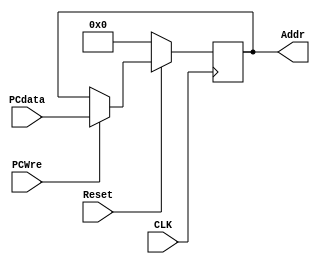
`timescale 1ns / 1ps
//////////////////////////////////////////////////////////////////////////////////
// Company: 
// Engineer: 
// 
// Design Name: 
// Module Name: PC
// Project Name: 
// Target Devices: 
// Tool Versions: 
// Description: 
// 
// Dependencies: 
// 
// Revision:
// Revision 0.01 - File Created
// Additional Comments:
// 
//////////////////////////////////////////////////////////////////////////////////

module PC(CLK,PCWre,Reset,PCdata,Addr);
    input CLK;          //
    input PCWre;        //0Addr
    input Reset;        //0Addr0
    input [31:0] PCdata;
    output reg[31:0] Addr;
    
    initial begin 
        Addr = 0;
    end
    always @ (negedge CLK) begin // 
        if (Reset==0) Addr <= 0;
        else if (PCWre == 1)
          Addr <= PCdata; // 
    end
endmodule